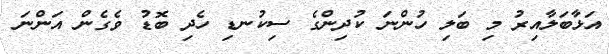
އަޅާބަލާއިރު މި ބަލި ހުންނަ ކުދިންގެ ސިކުނޑި ހެދި ބޮޑު ވެގެން އަންނަ